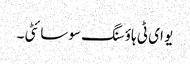
یو ای ٹی ہاؤسنگ سوسائٹی ۔